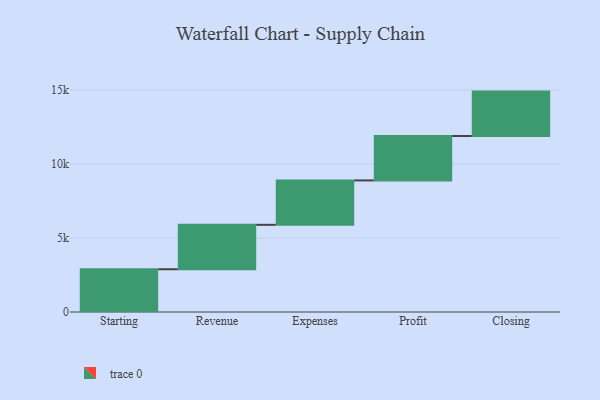
{"axis": {"x": "Step", "y": "Value"}, "legend": [""], "data": [{"x": "Starting", "y": 2888.0, "type": ""}, {"x": "Revenue", "y": 3000, "type": ""}, {"x": "Expenses", "y": 3000, "type": ""}, {"x": "Profit", "y": 3000, "type": ""}, {"x": "Closing", "y": 3000, "type": ""}]}